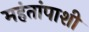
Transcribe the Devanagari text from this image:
महंतांपाशी